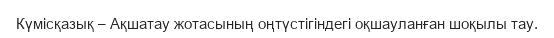
Күмісқазық – Ақшатау жотасының оңтүстігіндегі оқшауланған шоқылы тау.